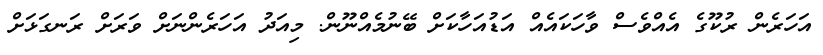
އަހަރެން ރުކޫގެ އެއްވެސް ވާހަކައެއް އަޑުއަހާކަށް ބޭނުމެއްނޫން. މިއަދު އަހަރެންނަށް ވަރަށް ރަނގަޅަށް